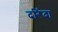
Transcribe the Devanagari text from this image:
दरिंदा